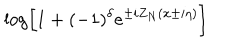
LaTeX: \log \left[ 1 + ( - 1 ) ^ { \delta } e ^ { \pm i Z _ { N } ( x \pm i \eta ) } \right]